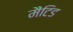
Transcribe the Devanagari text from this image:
मैंटिड